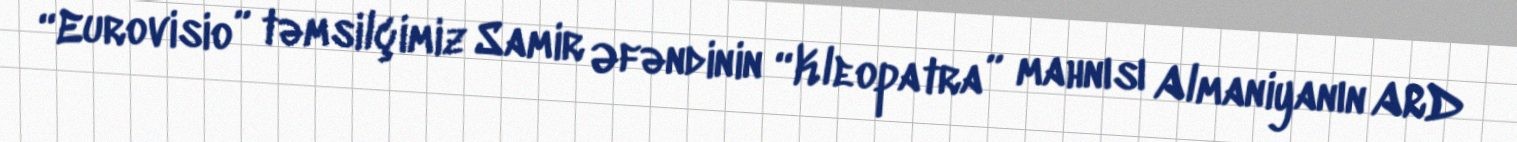
“Eurovisio” təmsilçimiz Samir Əfəndinin “Kleopatra” mahnısı Almaniyanın ARD